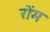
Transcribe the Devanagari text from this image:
रोंम